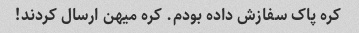
کره پاک سفازش داده بودم. کره میهن ارسال کردند!